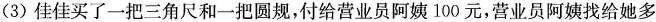
(3)佳佳买了一把三角尺和一把圆规，付给营业员阿姨100元，营业员阿姨找给她多